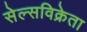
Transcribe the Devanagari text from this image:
सेल्सविक्रेता